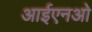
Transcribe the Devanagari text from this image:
आईएनओ